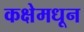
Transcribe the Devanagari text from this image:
कक्षेमधून